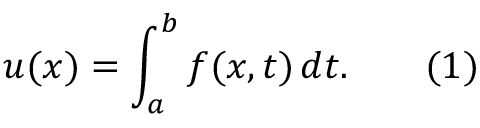
u ( x ) = \int _ { a } ^ { b } f ( x , t ) \, d t . \qquad ( 1 )